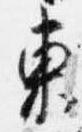
東